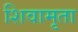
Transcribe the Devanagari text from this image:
शिवामृता